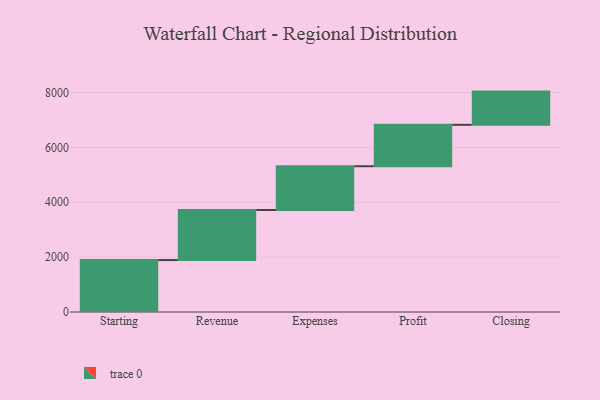
{"axis": {"x": "Step", "y": "Value"}, "legend": [""], "data": [{"x": "Starting", "y": 1893.0, "type": ""}, {"x": "Revenue", "y": 1824.0, "type": ""}, {"x": "Expenses", "y": 1595.0, "type": ""}, {"x": "Profit", "y": 1509.0, "type": ""}, {"x": "Closing", "y": 1211.0, "type": ""}]}